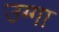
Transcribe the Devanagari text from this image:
उग्गा